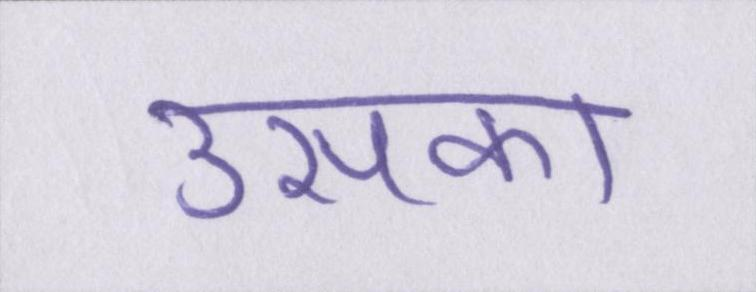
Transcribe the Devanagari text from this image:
उसका